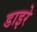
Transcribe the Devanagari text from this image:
डाइरे